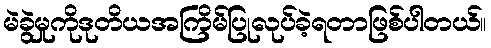
မဲခွဲမှုကိုဒုတိယအကြိမ်ပြုလုပ်ခဲ့ရတာဖြစ်ပါတယ်။